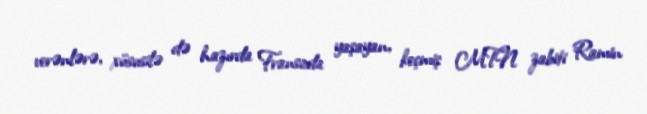
verənlərə, xüsusilə də hazırda Fransada yaşayan, keçmiş MTN zabiti Ramin